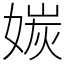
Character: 㛶